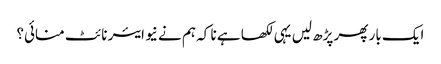
ایک بار پھر پڑھ لیں یہی لکھا ہے نا کہ ہم نے نیو ایئر نائٹ منائی؟